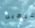
اللعين